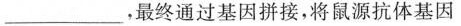
___，最终通过基因拼接，将鼠源抗体基因